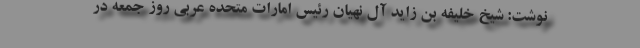
نوشت: شیخ خلیفه بن زاید آل نهیان رئیس امارات متحده عربی روز جمعه در